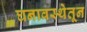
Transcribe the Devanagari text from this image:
घनावस्थेतून